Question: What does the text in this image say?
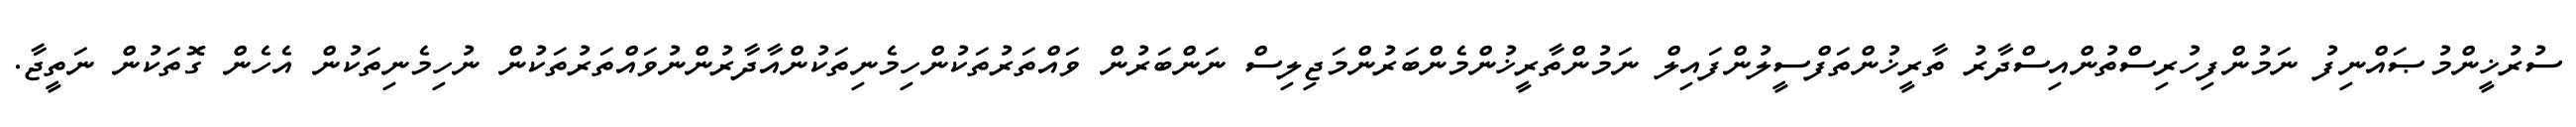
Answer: ސުރުޚީންމުޞައްނިފު ނަމުންފިހުރިސްތުންއިސްދާރު ތާރީޚުންތަފްސީލުންފައިލް ނަމުންތާރީޚުންމެންބަރުންމަޖިލިސް ނަންބަރުން ވައްތަރުތަކުންހިމެނިތަކުންއާދާރުންނުވައްތަރުތަކުން ނުހިމެނިތަކުން އެހެން ގޮތަކުން ނަތީޖާ.